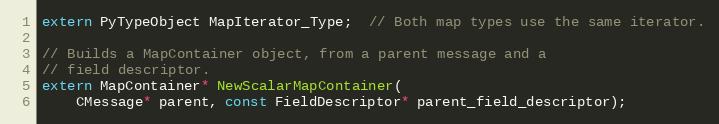
Language: C
extern PyTypeObject MapIterator_Type;  // Both map types use the same iterator.

// Builds a MapContainer object, from a parent message and a
// field descriptor.
extern MapContainer* NewScalarMapContainer(
    CMessage* parent, const FieldDescriptor* parent_field_descriptor);